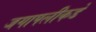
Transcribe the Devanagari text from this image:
जगापलीकडे